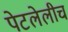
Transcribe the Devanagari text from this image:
पेटलेलीच